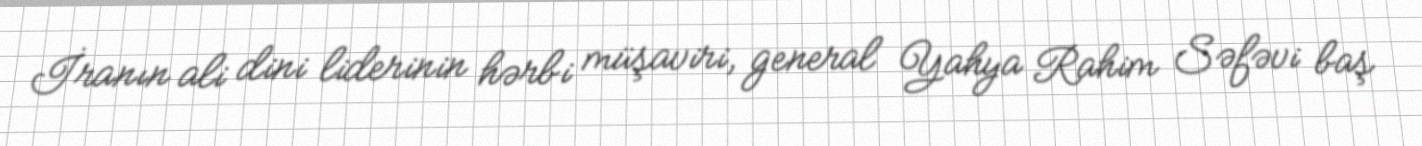
İranın ali dini liderinin hərbi müşaviri, general Yahya Rahim Səfəvi baş